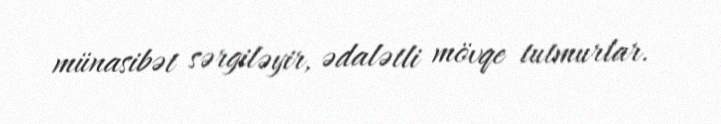
münasibət sərgiləyir, ədalətli mövqe tutmurlar.